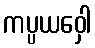
ကပ္ပယဝှေါ